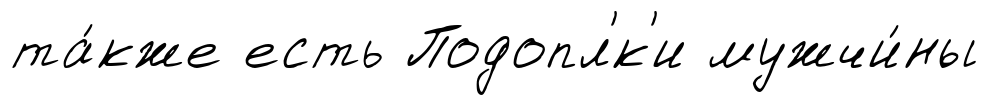
та́кже есть Подопл'́к'и мужчи́ны